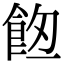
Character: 𩛀